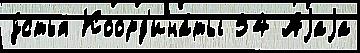
у́стья Коорд'ина́ты 54 Аjаjа